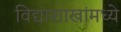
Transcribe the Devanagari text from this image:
विद्याशाखांमध्ये